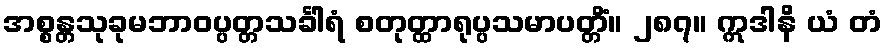
အစ္စန္တသုခုမဘာဝပ္ပတ္တသင်္ခါရံ စတုတ္ထာရုပ္ပသမာပတ္တိံ။ ၂၈၇။ ဣဒါနိ ယံ တံ